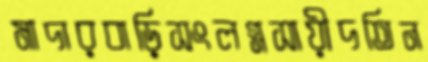
মাদারবাড়িসংলগ্নসায়ীদতিন